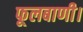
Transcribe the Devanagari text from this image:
फूलबाणी।